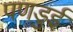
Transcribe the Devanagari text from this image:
पणडुई